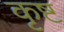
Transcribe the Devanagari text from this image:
कृष्ट